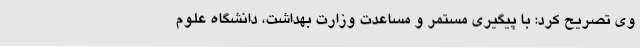
وی تصریح کرد: با پیگیری مستمر و مساعدت وزارت بهداشت، دانشگاه علوم